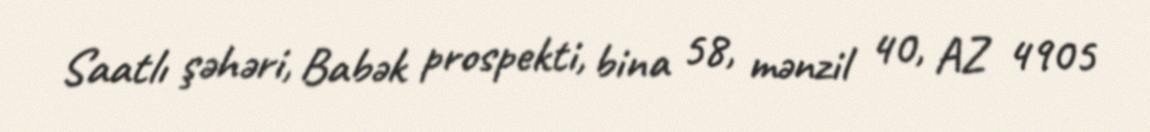
Saatlı şəhəri, Babək prospekti, bina 58, mənzil 40, AZ 4905